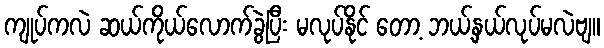
ကျုပ်ကလဲ ဆယ်ကိုယ်လောက်ခွဲပြီး မလုပ်နိုင် တော့ ဘယ့်နှယ်လုပ်မလဲဗျ။